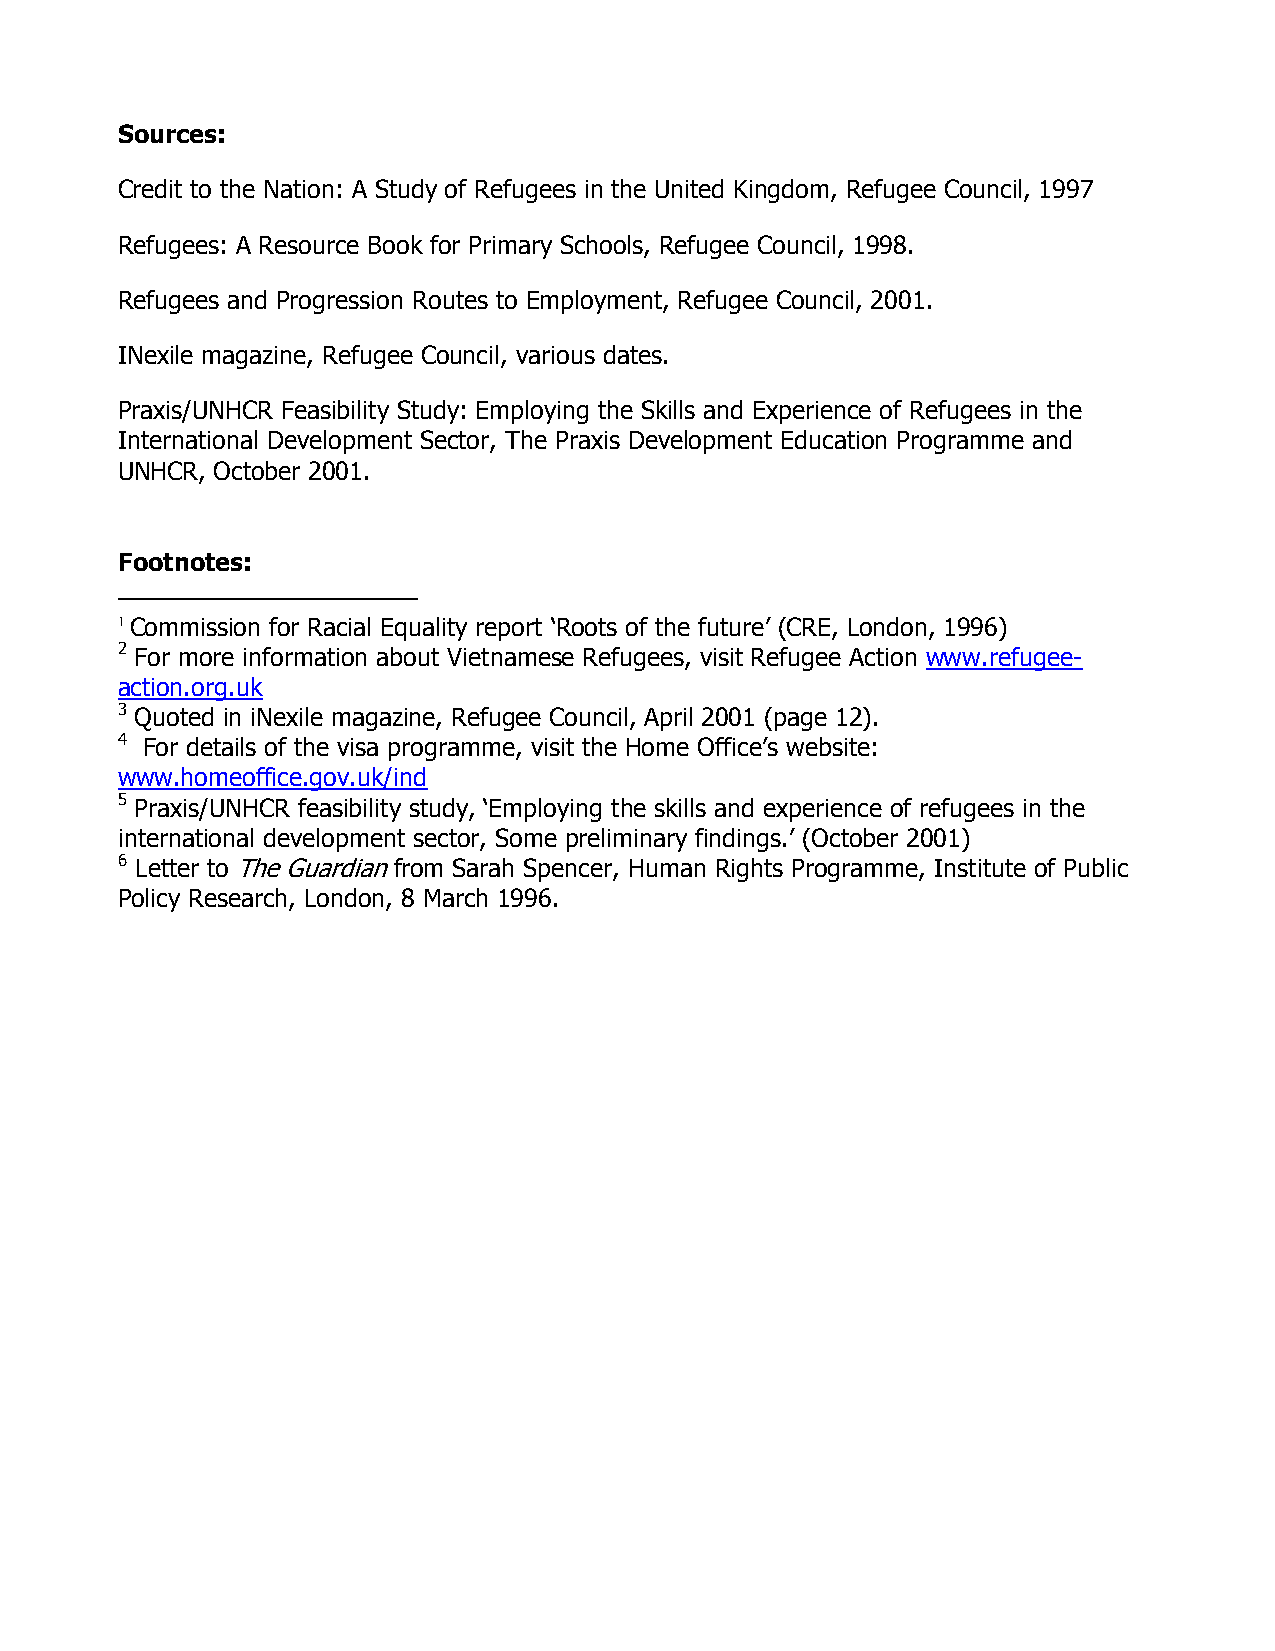
Sources:
 Credit to the Nation: A Study of Refugees in the United Kingdom, Refugee Council, 1997
 Refugees: A Resource Book for Primary Schools, Refugee Council, 1998.
 Refugees and Progression Routes to Employment, Refugee Council, 2001.
 INexile magazine, Refugee Council, various dates.
 Praxis/UNHCR Feasibility Study: Employing the Skills and Experience of Refugees in the
 International Development Sector, The Praxis Development Education Programme and
 UNHCR, October 2001.
 Footnotes:
 1 Commission for Racial Equality report ‘Roots of the future’ (CRE, London, 1996)
 2 For more information about Vietnamese Refugees, visit Refugee Action www.refugee-
 action.org.uk
 3 Quoted in iNexile magazine, Refugee Council, April 2001 (page 12).
 4 For details of the visa programme, visit the Home Office’s website:
 www.homeoffice.gov.uk/ind
 5 Praxis/UNHCR feasibility study, ‘Employing the skills and experience of refugees in the
 international development sector, Some preliminary findings.’ (October 2001)
 6 Letter to The Guardian from Sarah Spencer, Human Rights Programme, Institute of Public
 Policy Research, London, 8 March 1996.